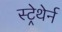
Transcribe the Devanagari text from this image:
स्ट्रेथेर्न